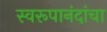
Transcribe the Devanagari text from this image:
स्वरूपानंदांचा